Leaving Certificate Examination (including Day School Certificate (Higher) General paper), 1938
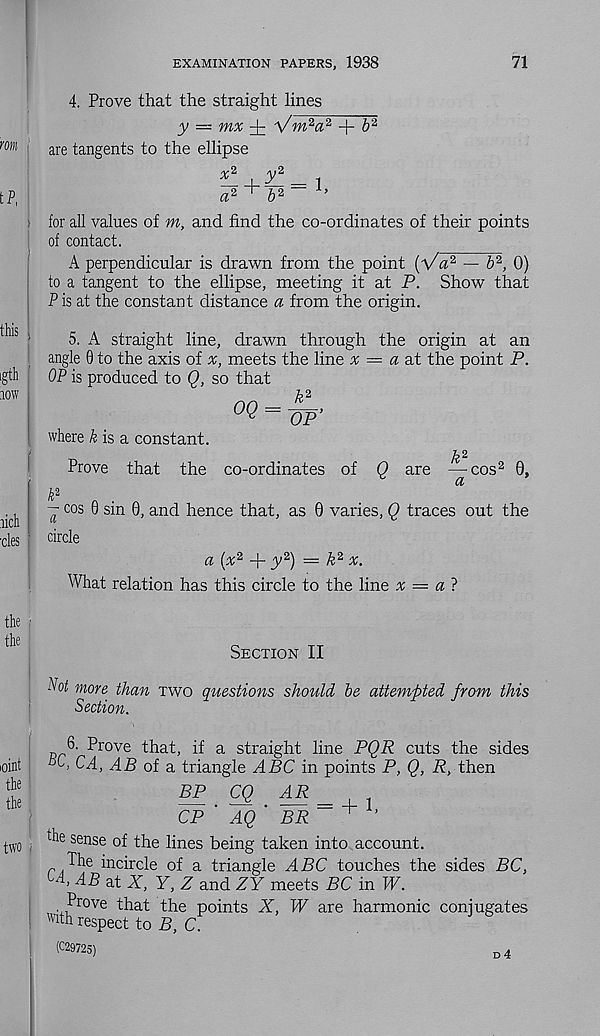
EXAMINATION PAPERS, 1938
71
4. Prove that the straight lines
y =z mx ^ Vni' 2 a‘ i + 6 2
are tangents to the ellipse
x*
y z _ .
a 2~ ’
i for all values of m, and find the co-ordinates of their points
of contact.
A perpendicular is drawn from the point {Va 2 — ft 2 , 0)
to a tangent to the ellipse, meeting it at P. Show that
Pis at the constant distance a from the origin.
5. A straight line, drawn through the origin at an
angle 0 to the axis of
meets the line x = a at the point P.
OP is produced to Q, so that
°Q = W -
where & is a constant.
Prove that the co-ordinates of Q are —cos 2 0,
CL
k*
~ cos 0 sin 0, and hence that, as 0 varies, Q traces out the
circle
a (x 2 + y 2 ) — k 2 x.
What relation has this circle to the line x = a?
Section II
iVoi more than two questions should he attempted from this
Section.
6. Prove that, if a straight line PQR cuts the sides
SC, CA, AB of a triangle ^4PC in points P, Q, R, then
BP CQ
AR _
CP ' AQ' BR~ + ’
the sense of the lines being taken into account.
The incircle of a triangle ABC touches the sides BC,
T) AB at X, Y, Z and ZY meets BC in W.
Prove that the points X, W are harmonic coniugates
with respect to P, C
(C29725)
d4